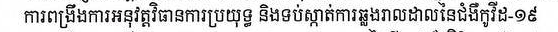
ការពង្រឹងការអនុវត្តវិធានការប្រយុទ្ធ និងទប់ស្កាត់ការឆ្លងរាលដាលនៃជំងឺកូវីឌ-១៩